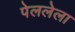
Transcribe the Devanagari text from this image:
पेललेला